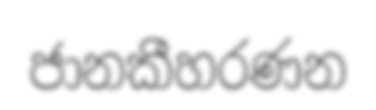
ජානකීහරණන